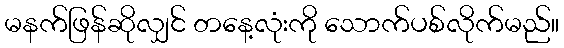
မနက်ဖြန်ဆိုလျှင် တနေ့လုံးကို သောက်ပစ်လိုက်မည်။